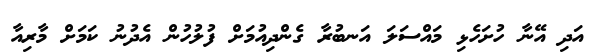
އަދި އޭނާ ހުށަހެޅި މައްސަލަ އަނބުރާ ގެންދިއުމަށް ފުލުހުން އެދުނު ކަމަށް މާރިއާ